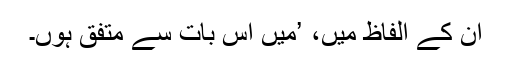
اُن کے الفاظ میں، ’میں اس بات سے متفق ہوں۔